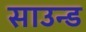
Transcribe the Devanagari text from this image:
साउन्‍ड